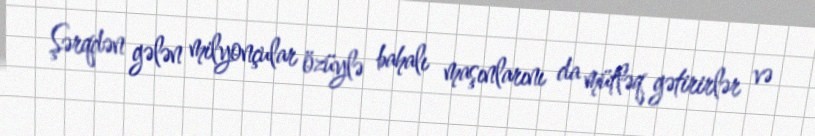
Şərqdən gələn milyonçular özüylə bahalı maşınlarını da mütləq gətirirlər və